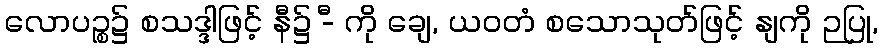
လောပဉ္စ၌ စသဒ္ဒါဖြင့် နီ၌ -ီ ကို ချေ, ယဝတံ စသောသုတ်ဖြင့် နျကို ဉပြု,